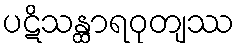
ပဋိသန္ထာရဝုတျဿ